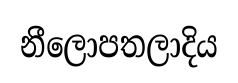
නීලොපතලාදිය